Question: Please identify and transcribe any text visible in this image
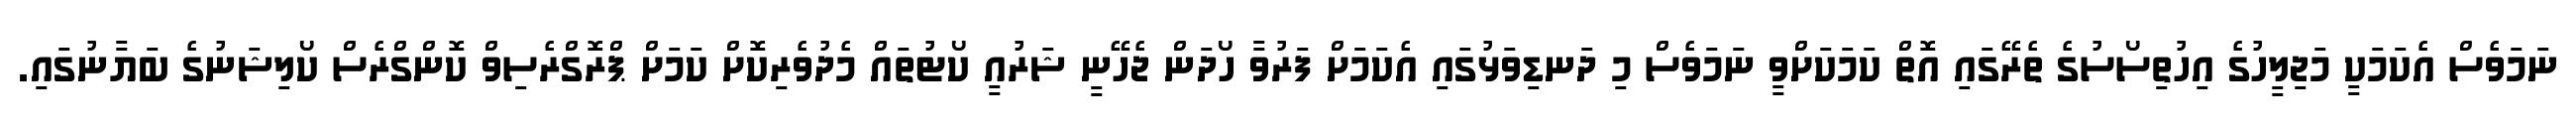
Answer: ނަމަވެސް އެކަމަކީ މަޖިލީހުގެ އިހުތިސޯސުގެ ތެރޭގައި އޮތް ކަމަކަށްވީ ނަމަވެސް މި ދަނޑިވަޅުގައި އެކަމަށް ފަރުވާ ހޯދަން ޖެހޭނީ ޝަރުއީ ކޯޓުތައް މެދުވެރިކޮށް ކަމަށް ޕްރޮގްރެސިވް ކޮންގްރެސް ކޯލިޝަނުގެ ބަޔާނުގައި.